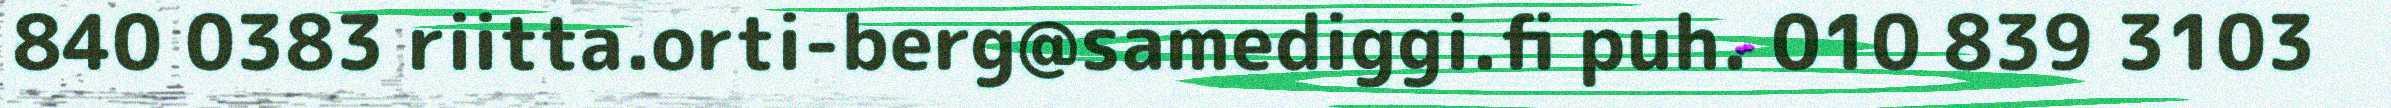
840 0383 riitta.orti-berg@samediggi.fi puh. 010 839 3103